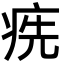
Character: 㾌